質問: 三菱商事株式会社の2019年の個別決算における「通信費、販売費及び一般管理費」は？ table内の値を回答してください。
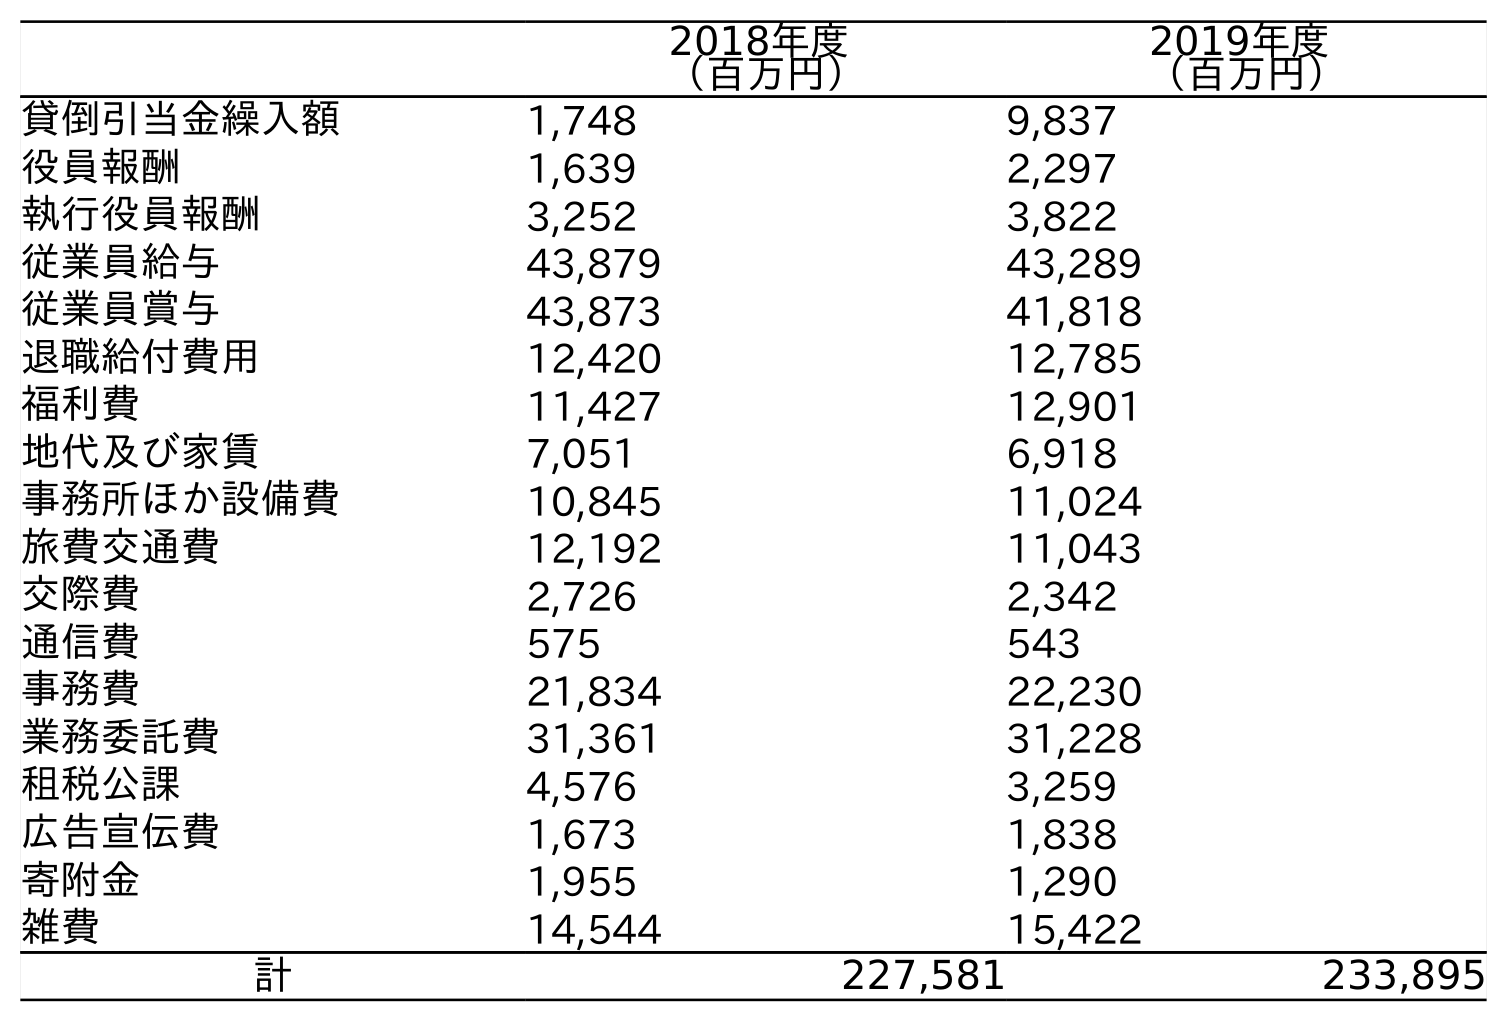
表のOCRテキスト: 2018年度 （百万円） 2019年度 （百万円） 貸倒引当金繰入額 1,748 9,837 役員報酬 1,639 2,297 執行役員報酬 3,252 3,822 従業員給与 43,879 43,289 従業員賞与 43,873 41,818 退職給付費用 12,420 12,785 福利費 11,427 12,901 地代及び家賃 7,051 6,918 事務所ほか設備費 10,845 11,024 旅費交通費 12,192 11,043 交際費 2,726 2,342 通信費 575 543 事務費 21,834 22,230 業務委託費 31,361 31,228 租税公課 4,576 3,259 広告宣伝費 1,673 1,838 寄附金 1,955 1,290 雑費 14,544 15,422 計 227,581 233,895
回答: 575